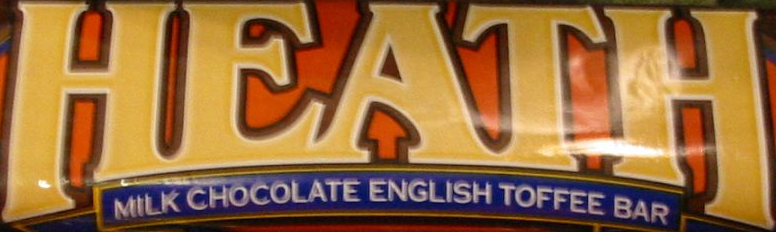
HEATH